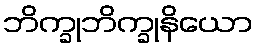
ဘိက္ခုဘိက္ခုနိယော